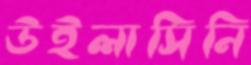
উইলাসিনি